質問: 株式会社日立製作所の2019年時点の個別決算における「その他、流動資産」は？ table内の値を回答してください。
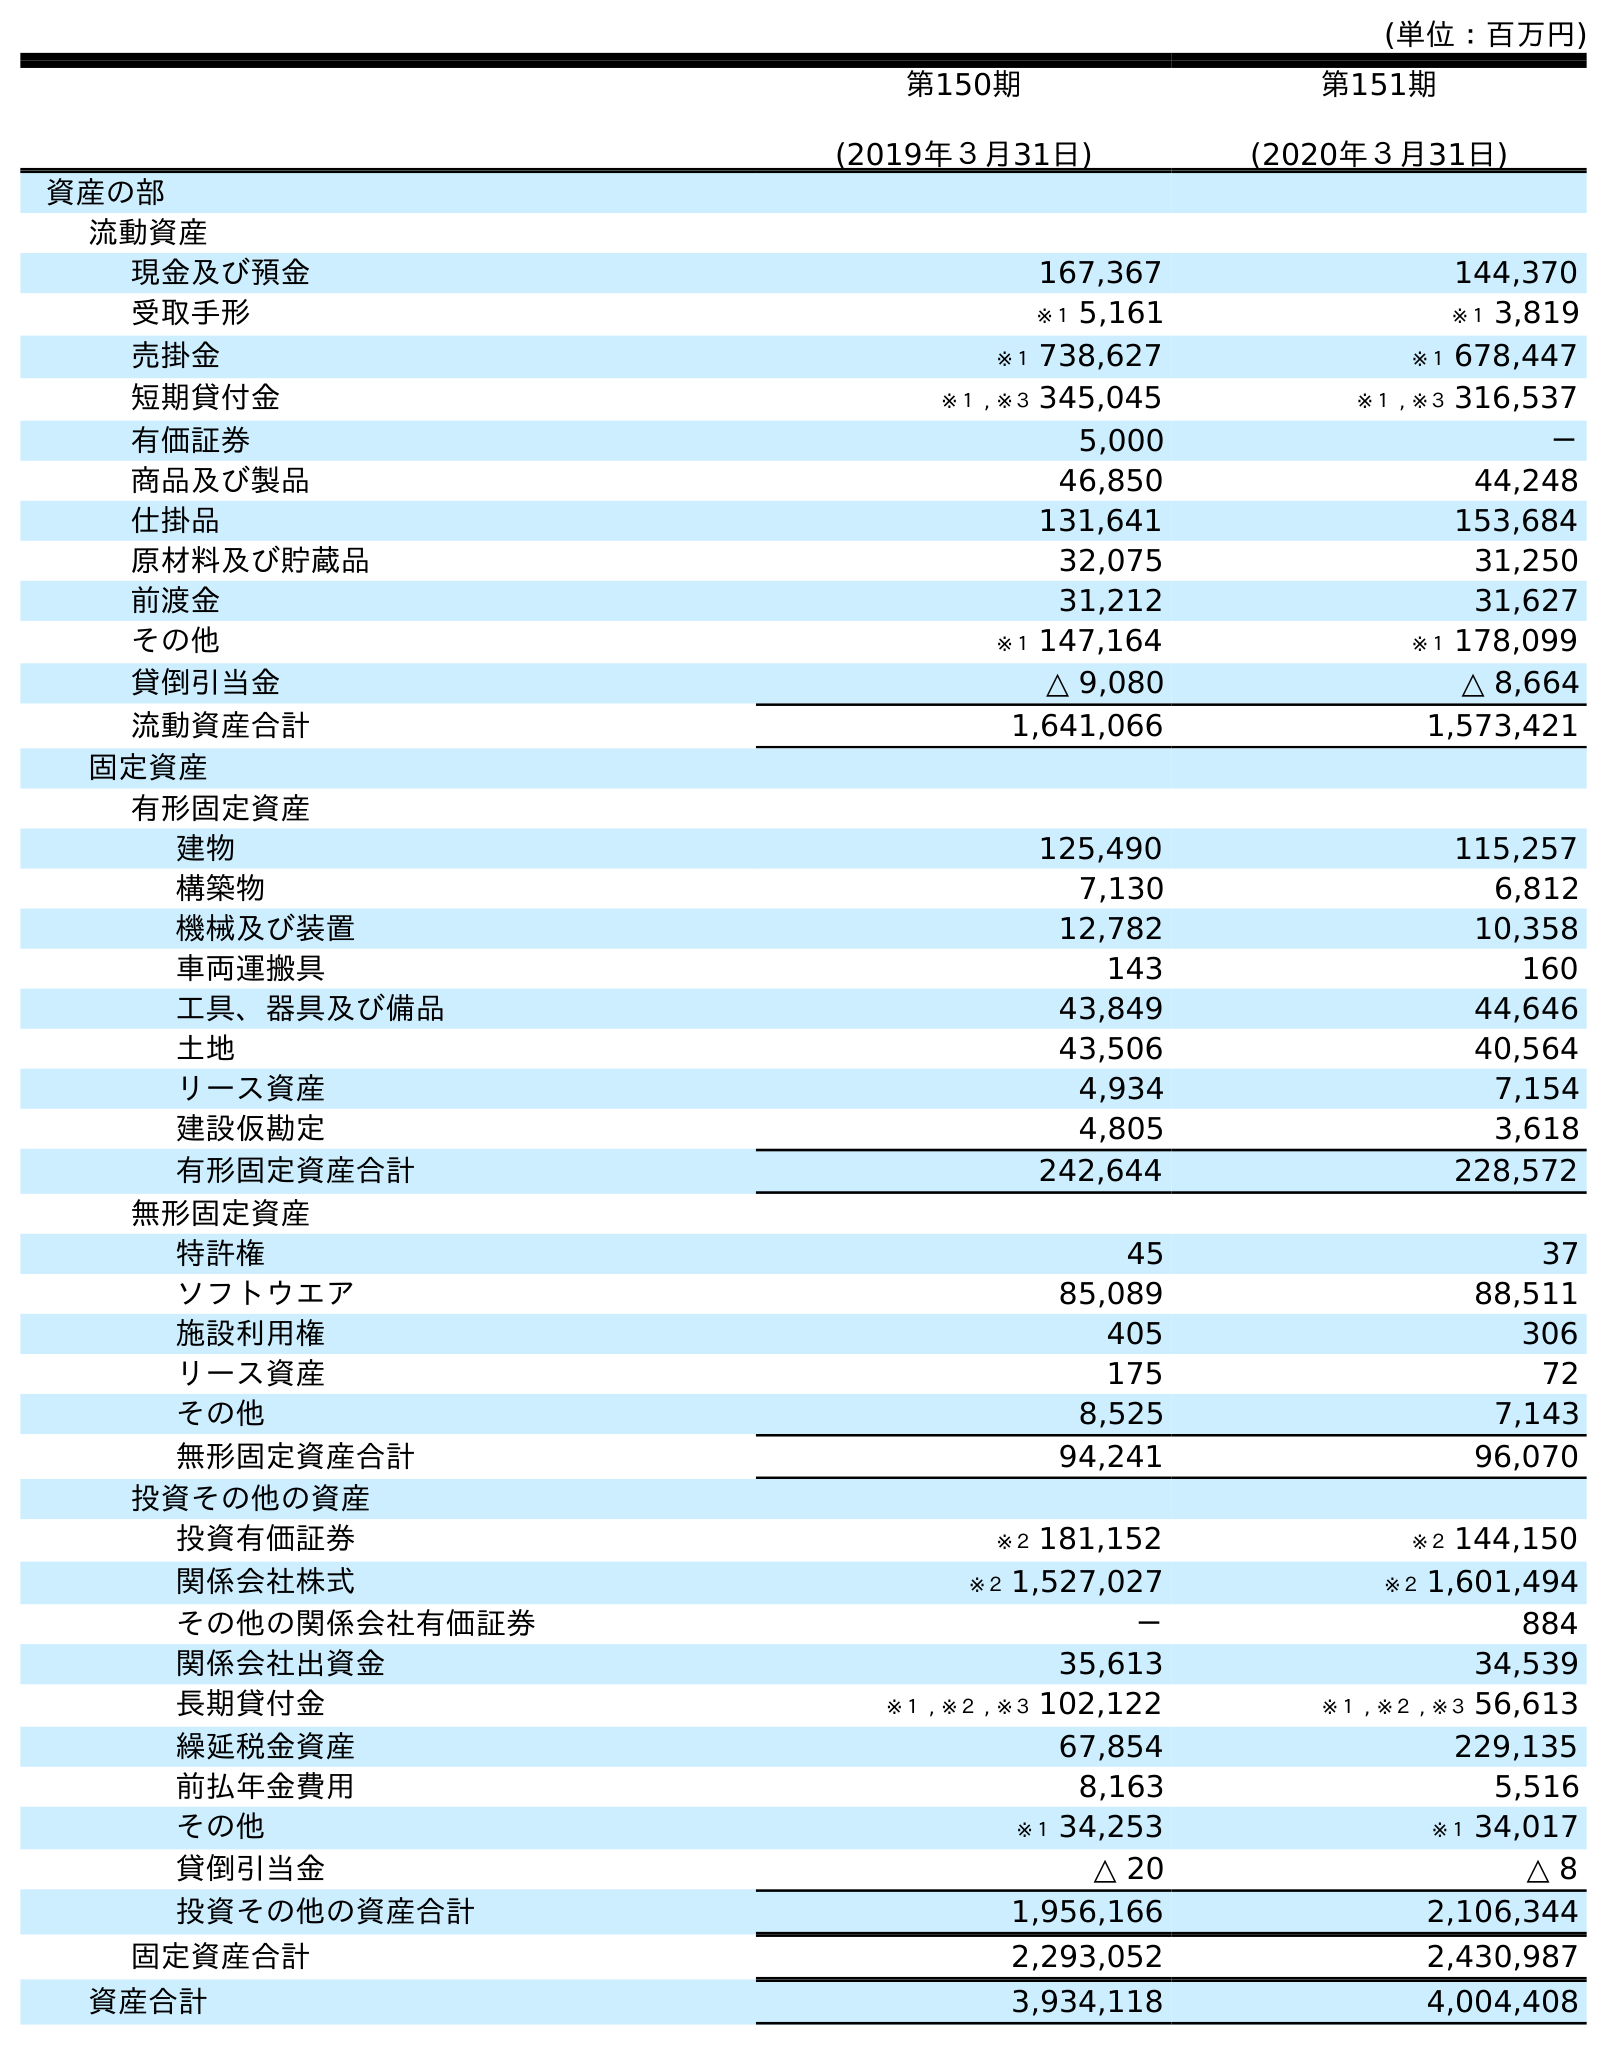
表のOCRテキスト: (単位：百万円) 第150期 (2019年３月31日) 第151期 (2020年３月31日) 資産の部 流動資産 現金及び預金 167,367 144,370 受取手形 ※１ 5,161 ※１ 3,819 売掛金 ※１ 738,627 ※１ 678,447 短期貸付金 ※１ , ※３ 345,045 ※１ , ※３ 316,537 有価証券 5,000 － 商品及び製品 46,850 44,248 仕掛品 131,641 153,684 原材料及び貯蔵品 32,075 31,250 前渡金 31,212 31,627 その他 ※１ 147,164 ※１ 178,099 貸倒引当金 △ 9,080 △ 8,664 流動資産合計 1,641,066 1,573,421 固定資産 有形固定資産 建物 125,490 115,257 構築物 7,130 6,812 機械及び装置 12,782 10,358 車両運搬具 143 160 工具、器具及び備品 43,849 44,646 土地 43,506 40,564 リース資産 4,934 7,154 建設仮勘定 4,805 3,618 有形固定資産合計 242,644 228,572 無形固定資産 特許権 45 37 ソフトウエア 85,089 88,511 施設利用権 405 306 リース資産 175 72 その他 8,525 7,143 無形固定資産合計 94,241 96,070 投資その他の資産 投資有価証券 ※２ 181,152 ※２ 144,150 関係会社株式 ※２ 1,527,027 ※２ 1,601,494 その他の関係会社有価証券 － 884 関係会社出資金 35,613 34,539 長期貸付金 ※１ , ※２ , ※３ 102,122 ※１ , ※２ , ※３ 56,613 繰延税金資産 67,854 229,135 前払年金費用 8,163 5,516 その他 ※１ 34,253 ※１ 34,017 貸倒引当金 △ 20 △ 8 投資その他の資産合計 1,956,166 2,106,344 固定資産合計 2,293,052 2,430,987 資産合計 3,934,118 4,004,408
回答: ※１147,164